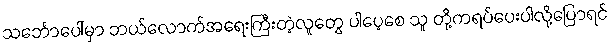
သင်္ဘောပေါ်မှာ ဘယ်လောက်အရေးကြီးတဲ့လူတွေ ပါပေ့စေ သူ တို့ကရပ်ပေးပါလို့ပြောရင်